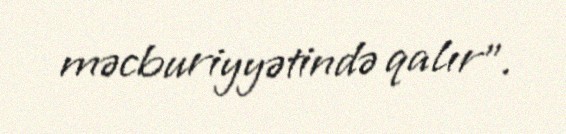
məcburiyyətində qalır”.